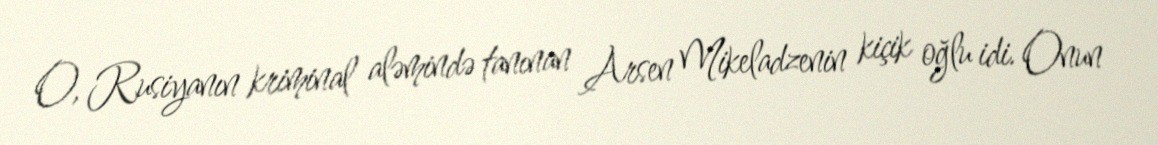
O, Rusiyanın kriminal aləmində tanınan Arsen Mikeladzenin kiçik oğlu idi. Onun